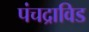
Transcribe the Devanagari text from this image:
पंचद्राविड